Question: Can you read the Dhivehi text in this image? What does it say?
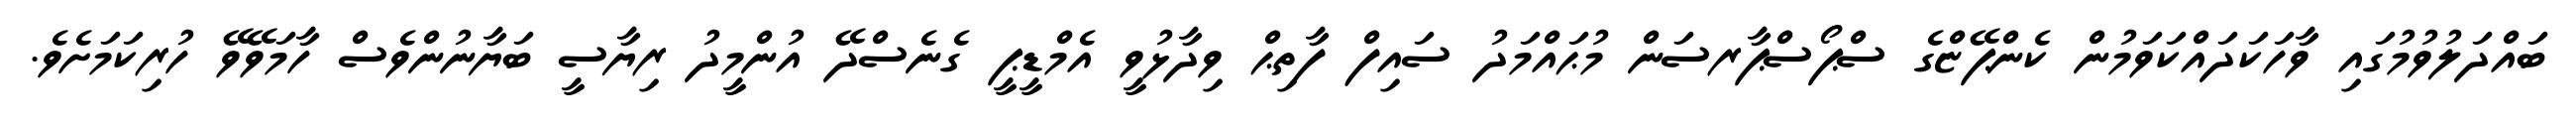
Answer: ބައްދަލުވުމުގައި ވާހަކަދައްކަވަމުން ކެންޕޭޏްގެ ސްޕޯސްޕާރސަން މުޙައްމަދު ސައިފް ފާތިޙް ވިދާޅުވީ އެމްޑީޕީ ގެނެސްދޭ އުންމީދު ރިޔާސީ ބަޔާނުންވެސް ހާމަވޭވޭ ހުރިކަމަށެވެ.